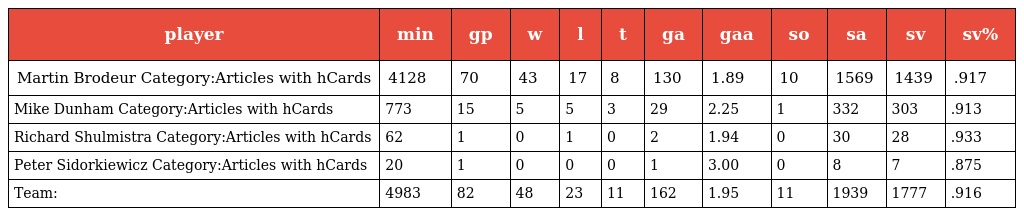
| player | min | gp | w | l | t | ga | gaa | so | sa | sv | sv% |
 | --- | --- | --- | --- | --- | --- | --- | --- | --- | --- | --- | --- |
 | Martin Brodeur Category:Articles with hCards | 4128 | 70 | 43 | 17 | 8 | 130 | 1.89 | 10 | 1569 | 1439 | .917 |
 | Mike Dunham Category:Articles with hCards | 773 | 15 | 5 | 5 | 3 | 29 | 2.25 | 1 | 332 | 303 | .913 |
 | Richard Shulmistra Category:Articles with hCards | 62 | 1 | 0 | 1 | 0 | 2 | 1.94 | 0 | 30 | 28 | .933 |
 | Peter Sidorkiewicz Category:Articles with hCards | 20 | 1 | 0 | 0 | 0 | 1 | 3.00 | 0 | 8 | 7 | .875 |
 | Team: | 4983 | 82 | 48 | 23 | 11 | 162 | 1.95 | 11 | 1939 | 1777 | .916 |